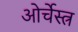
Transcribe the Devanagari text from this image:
ओर्चेस्त्र